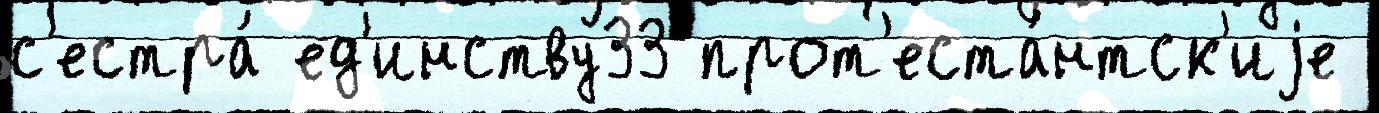
с'естра́ ед'инству33 прот'еста́нтск'иjе